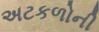
અટકળોની